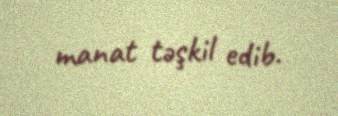
manat təşkil edib.